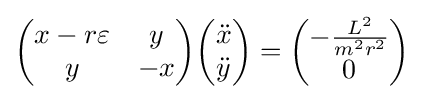
{\begin{pmatrix}x-r\varepsilon &y\\y&-x\end{pmatrix}}{\begin{pmatrix}{\ddot {x}}\\{\ddot {y}}\end{pmatrix}}={\begin{pmatrix}-{\frac {L^{2}}{m^{2}r^{2}}}\\0\end{pmatrix}}